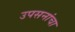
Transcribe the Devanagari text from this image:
उपसनांचा